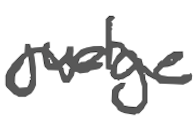
Text: judge
Cross-out: wave
Writing tool: digital_gray